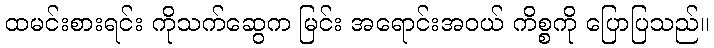
ထမင်းစားရင်း ကိုသက်ဆွေက မြင်း အရောင်းအဝယ် ကိစ္စကို ပြောပြသည်။